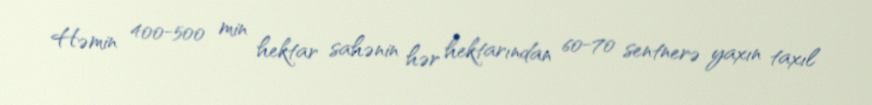
Həmin 400-500 min hektar sahənin hər hektarından 60-70 sentnerə yaxın taxıl